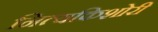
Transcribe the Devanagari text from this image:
नित्यकिशोरी